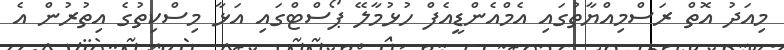
މިއަދު އޮތް ރަސްމިއްޔާތުގައި އެމްއެންޑީއެފް ހުޅުމާލޭ ޕޯސްޓްގައި އަޅާ މިސްކިތުގެ އިތުރުން އެ